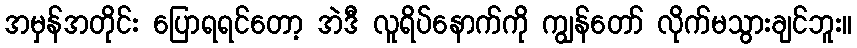
အမှန်အတိုင်း ပြောရရင်တော့ အဲဒီ လူရိပ်နောက်ကို ကျွန်တော် လိုက်မသွားချင်ဘူး။